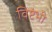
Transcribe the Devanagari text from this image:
विष्टंभी